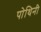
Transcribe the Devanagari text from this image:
पोथिनी